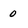
Character: 0